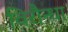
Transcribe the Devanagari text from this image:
विरौन्धा